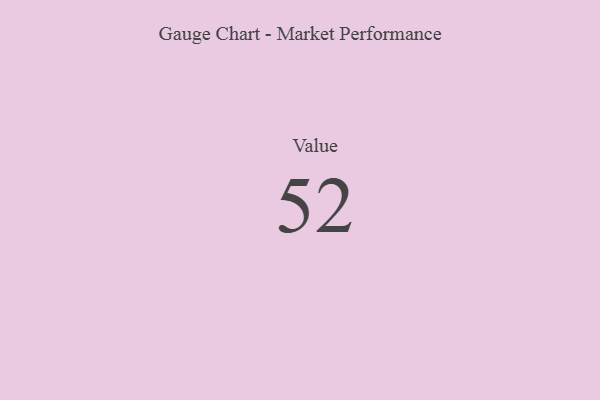
{"axis": {"x": "Metric", "y": "Value"}, "legend": [""], "data": [{"x": "Value", "y": 52, "type": ""}]}